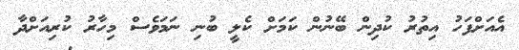
އެއަށްފަހު އިތުރު ކުދިން ބޭނުން ކަމަށް ކެލީ ބުނި ނަމަވެސް މިހާރު ކުރިއަށްދާ